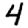
Digit: 4